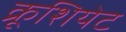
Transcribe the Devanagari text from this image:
क्रूशियेट